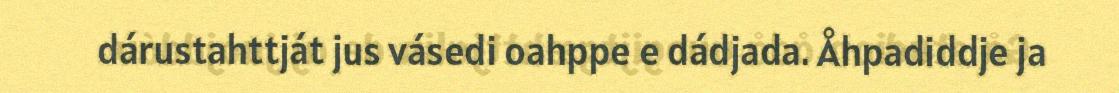
dárustahttját jus vásedi oahppe e dádjada. Åhpadiddje ja